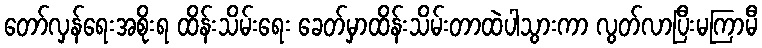
တော်လှန်ရေးအစိုးရ ထိန်းသိမ်းရေး ခေတ်မှာထိန်းသိမ်းတာထဲပါသွားကာ လွတ်လာပြီးမကြာမီ